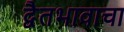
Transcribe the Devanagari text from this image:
द्वैतभावाचा